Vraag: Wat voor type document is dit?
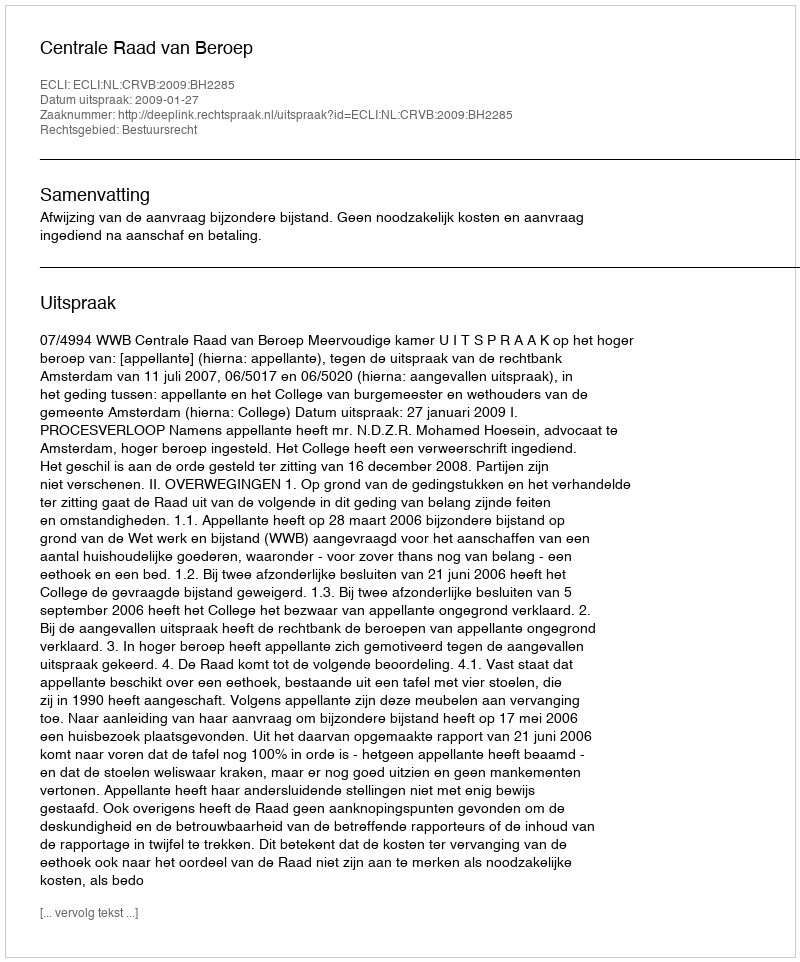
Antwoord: Uitspraak